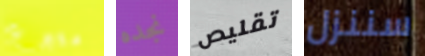
متبرع نجده تقليص سننزل